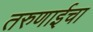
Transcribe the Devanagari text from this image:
तरुणाईचा